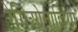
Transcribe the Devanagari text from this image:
रेगिओनाल्लिगा